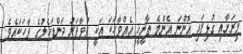
މިރަށާއި ގުޅިފައި އޮންނަ އެންމެ ތާރީޚީ އެއްވާހަކަ އަކީ ދުވާފަރު ދަންޑަހެލުގެ ވާހަކައެވެ.